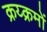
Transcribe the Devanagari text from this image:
क्रय्क्रमों